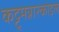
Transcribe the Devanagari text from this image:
कट्टुमन्नारकोइल